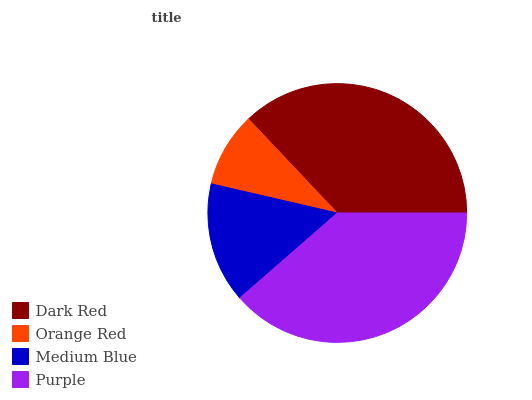
| Dark Red | Orange Red | Medium Blue | Purple |
 | --- | --- | --- | --- |
 | 37.1% | 9.35% | 15% | 38.5% |